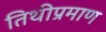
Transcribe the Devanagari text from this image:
तिथीप्रमाण